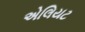
એલિયટ